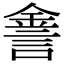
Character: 𨧕